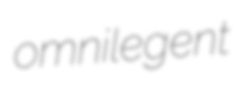
omnilegent